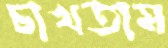
চাখতাম